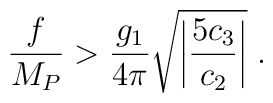
\frac{f}{M_P} > \frac{g_1}{4\pi} \sqrt{\left|\frac{5c_3}{c_2}\right|} \;.